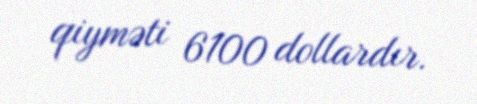
qiyməti 6100 dollardır.